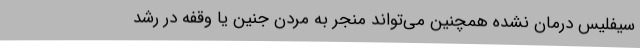
سیفلیس درمان نشده همچنین می‌تواند منجر به مردن جنین یا وقفه در رشد